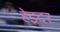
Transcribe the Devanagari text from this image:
हेइदर